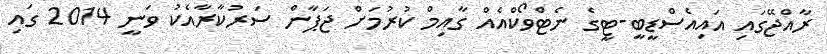
ރާއްޖޭގައި އައިއެސްޑީބީ-ޓީގެ ނެޓްވޯކްއެއް ގާއިމް ކުރުމަށް ޖަޕާން ސަރުކާރާއެކު ވަނީ 2014 ގައި